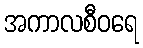
အကာလစီဝရေ